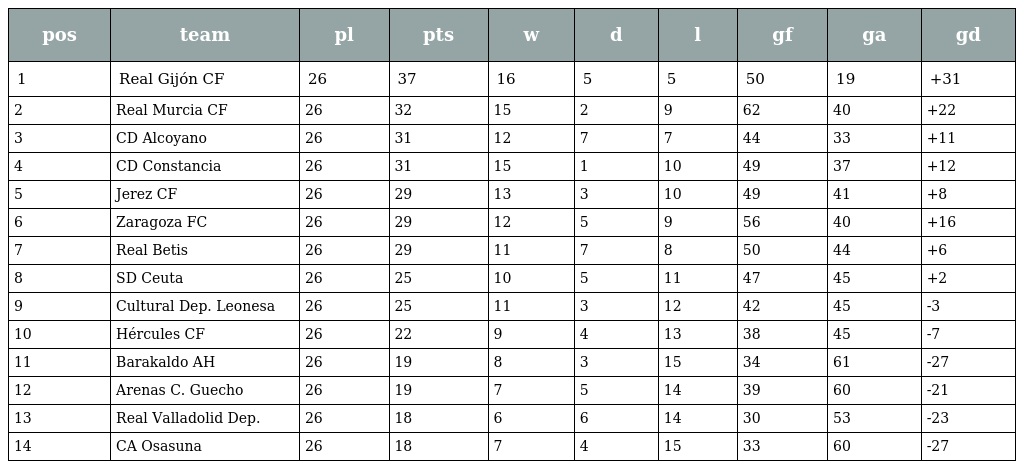
| pos | team | pl | pts | w | d | l | gf | ga | gd |
 | --- | --- | --- | --- | --- | --- | --- | --- | --- | --- |
 | 1 | Real Gijón CF | 26 | 37 | 16 | 5 | 5 | 50 | 19 | +31 |
 | 2 | Real Murcia CF | 26 | 32 | 15 | 2 | 9 | 62 | 40 | +22 |
 | 3 | CD Alcoyano | 26 | 31 | 12 | 7 | 7 | 44 | 33 | +11 |
 | 4 | CD Constancia | 26 | 31 | 15 | 1 | 10 | 49 | 37 | +12 |
 | 5 | Jerez CF | 26 | 29 | 13 | 3 | 10 | 49 | 41 | +8 |
 | 6 | Zaragoza FC | 26 | 29 | 12 | 5 | 9 | 56 | 40 | +16 |
 | 7 | Real Betis | 26 | 29 | 11 | 7 | 8 | 50 | 44 | +6 |
 | 8 | SD Ceuta | 26 | 25 | 10 | 5 | 11 | 47 | 45 | +2 |
 | 9 | Cultural Dep. Leonesa | 26 | 25 | 11 | 3 | 12 | 42 | 45 | -3 |
 | 10 | Hércules CF | 26 | 22 | 9 | 4 | 13 | 38 | 45 | -7 |
 | 11 | Barakaldo AH | 26 | 19 | 8 | 3 | 15 | 34 | 61 | -27 |
 | 12 | Arenas C. Guecho | 26 | 19 | 7 | 5 | 14 | 39 | 60 | -21 |
 | 13 | Real Valladolid Dep. | 26 | 18 | 6 | 6 | 14 | 30 | 53 | -23 |
 | 14 | CA Osasuna | 26 | 18 | 7 | 4 | 15 | 33 | 60 | -27 |